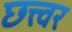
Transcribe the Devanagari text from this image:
छत्त्वर